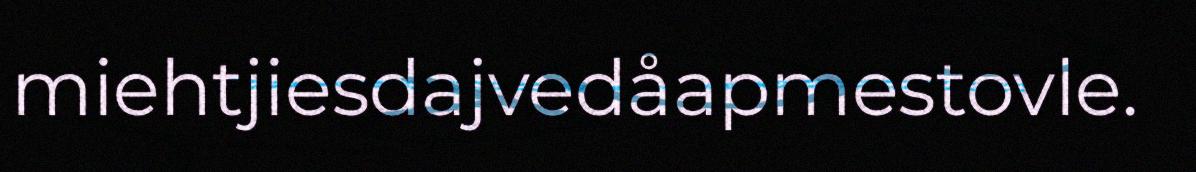
miehtjiesdajvedåapmestovle.